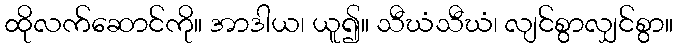
ထိုလက်ဆောင်ကို။ အာဒါယ၊ ယူ၍။ သီဃံသီဃံ၊ လျင်စွာလျှင်စွာ။